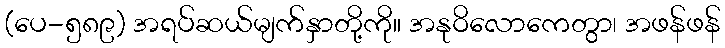
(ပေ-၅၈၉) အရပ်ဆယ်မျက်နှာတို့ကို။ အနုဝိလောကေတွာ၊ အဖန်ဖန်